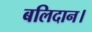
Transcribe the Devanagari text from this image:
बलिदान।